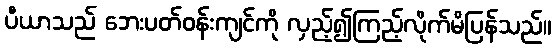
ပီယာသည် ဘေးပတ်ဝန်းကျင်ကို လှည့်၍ကြည့်လိုက်မိပြန်သည်။